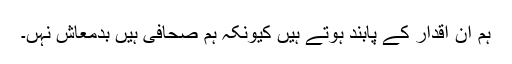
ہم ان اقدار کے پابند ہوتے ہیں کیونکہ ہم صحافی ہیں بدمعاش نہٰں۔